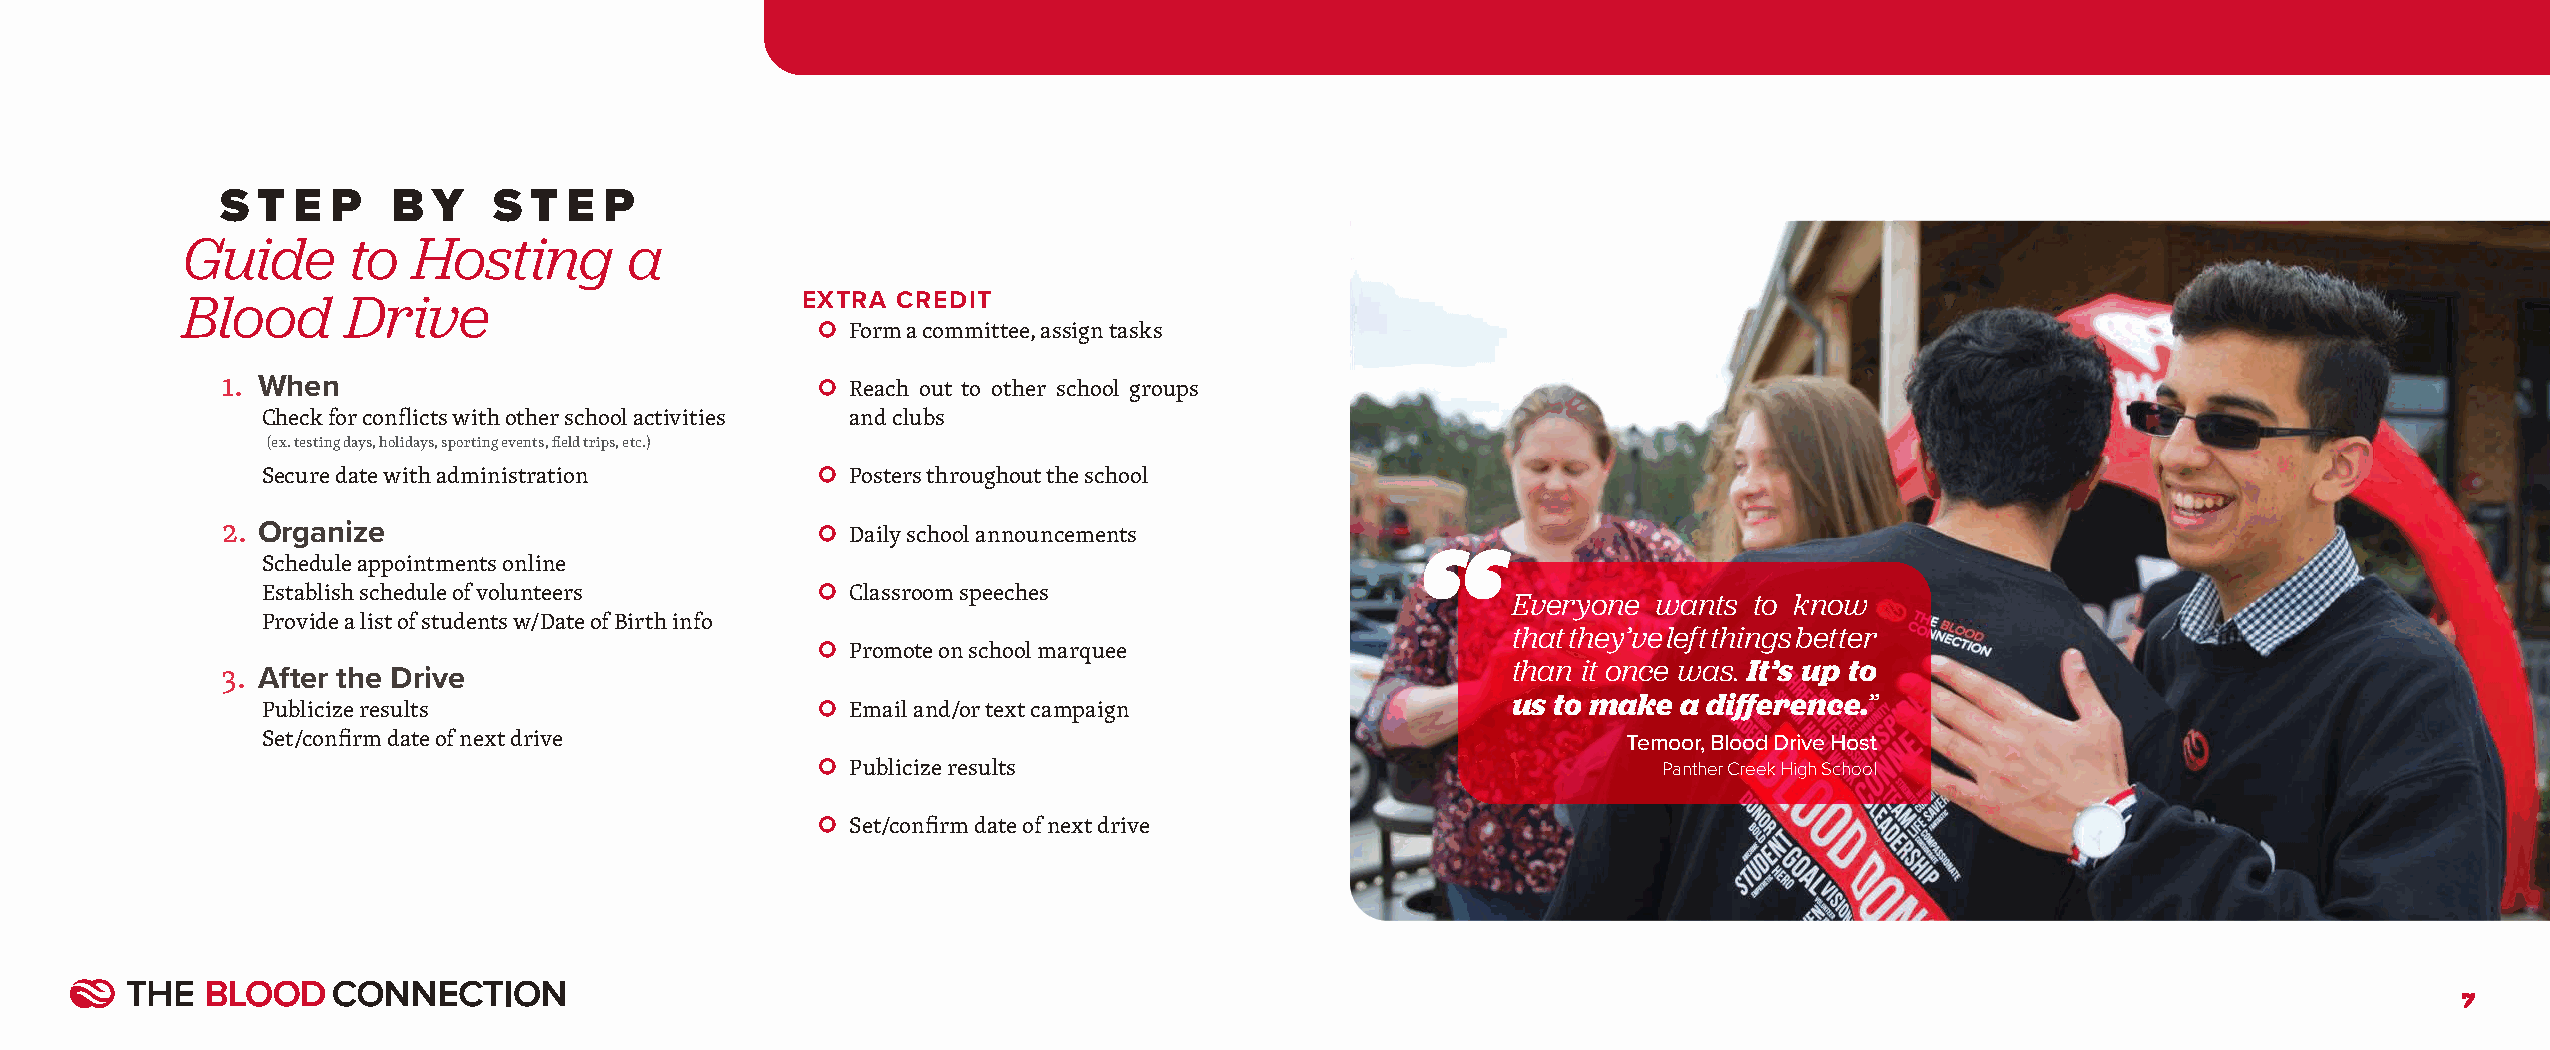
S T E  P   B  Y   S T E  P
 Guide      to  Hosting        a
 Blood      Drive                         EXTRA CREDIT
 ○
 Form a committee, assign tasks
 1. When                                ○
 Reach out to other school groups
 Check for conflicts with other school activities and clubs
 (ex. testing days, holidays, sporting events, field trips, etc.)
 ○
 Secure date with administration        Posters throughout the school
 2. Organize                            ○
 Daily school announcements
 Schedule appointments online
 ○
 Establish schedule of volunteers       Classroom speeches                          Everyone  wants to know
 Provide a list of students w/Date of Birth info
 that they’ve left things better
 ○
 Promote on school marquee
 than it once was. It’s up to
 3. After the Drive
 ○                                             us to make a difference.”
 Publicize results                      Email and/or text campaign
 Set/confirm date of next drive                                                             Temoor, Blood Drive Host
 ○
 Publicize results                                     Panther Creek High School
 ○
 Set/confirm date of next drive
 7